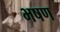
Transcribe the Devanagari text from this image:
भषण